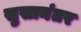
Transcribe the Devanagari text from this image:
सुसानंतर